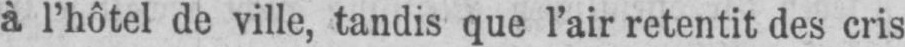
à l’hôtel de ville, tandis que l’air retentit des cris